Indian Civil Veterinary Department memoirs
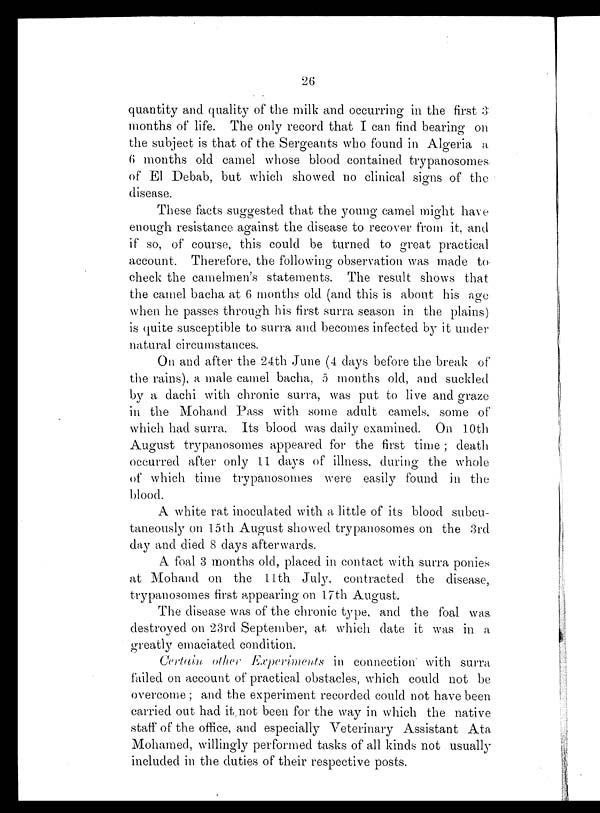
26
quantity and quality of the milk and occurring in the first 3
months of life. The only record that I can find bearing on
the subject is that of the Sergeants who found in Algeria a
6 months old camel whose blood contained trypanosomes
of El Debab, but which showed no clinical signs of the
disease.
These facts suggested that the young camel might have
enough resistance against the disease to recover from it, and
if so, of course, this could be turned to great practical
account. Therefore, the following observation was made to
check the camelmen's statements. The result shows that
the camel bacha at 6 months old (and this is about his age
when he passes through his first surra season in the plains)
is quite susceptible to surra and becomes infected by it under
natural circumstances.
On and after the 24th June (4 days before the break of
the rains), a male camel bacha, 5 months old, and suckled
by a dachi with chronic surra, was put to live and graze
in the Mohand Pass with some adult camels, some of
which had surra. Its blood was daily examined. On 10th
August trypanosomes appeared for the first time ; death
occurred after only 11 days of illness, during the whole
of which time trypanosomes were easily found in the
blood.
A white rat inoculated with a little of its blood subcu-
taneously on 15th August showed trypanosomes on the 3rd
day and died 8 days afterwards.
A foal 3 months old, placed in contact with surra ponies
at Mohand on the 11th July, contracted the disease,
trypanosomes first appearing on 17th August.
The disease was of the chronic type, and the foal was
destroyed on 23rd September, at which date it was in a
greatly emaciated condition.
Certain other Experiments in connection with surra
failed on account of practical obstacles, which could not be
overcome ; and the experiment recorded could not have been
carried out had it not been for the way in which the native
staff of the office, and especially Veterinary Assistant Ata
Mohamed, willingly performed tasks of all kinds not usually
included in the duties of their respective posts.